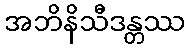
အဘိနိသီဒန္တဿ